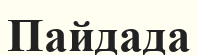
Пайдада